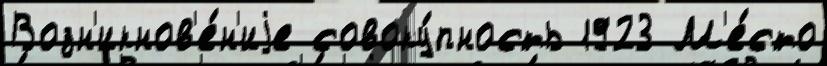
Возн'икнов'е́н'иjе совоку́пность 1923 М'е́сто